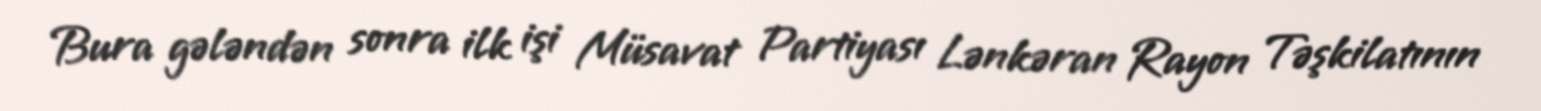
Bura gələndən sonra ilk işi Müsavat Partiyası Lənkəran Rayon Təşkilatının